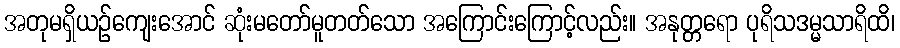
အတုမရှိယဉ်ကျေးအောင် ဆုံးမတော်မူတတ်သော အကြောင်းကြောင့်လည်း။ အနုတ္တရော ပုရိသဒမ္မသာရိထိ၊